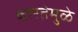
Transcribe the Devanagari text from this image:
क्षारतेमुळे